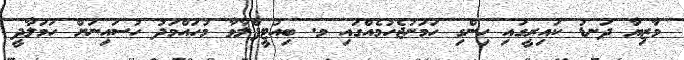
މާޒިޔާ ދަނޑު ކައިރީގައި ހިންގި ހަމަނުޖެހުމެއްގައި މ. ބިއުޓީފްލާވާ މުހައްމަދު ހުސައިނަށް ހަމަލާދީ